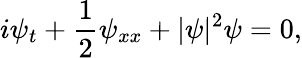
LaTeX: i\psi_{t}+\frac 12\psi_{xx}+|\psi|^{2}\psi=0,